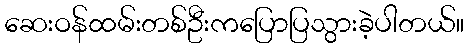
ဆေးဝန်ထမ်းတစ်ဦးကပြောပြသွားခဲ့ပါတယ်။